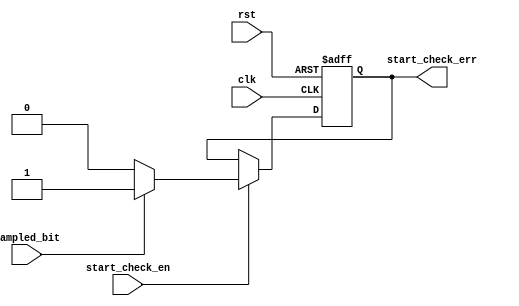
module start_check(
  input wire start_check_en,sampled_bit,
  input wire clk,rst,
  output reg start_check_err
  );
  
always@(posedge clk or negedge rst)begin
  if(!rst)
    start_check_err <= 1'b0;
  else if(start_check_en)begin
    if(sampled_bit == 1'b0)
      start_check_err <= 1'b0;
    else
      start_check_err <= 1'b1;
  end    
end      
endmodule